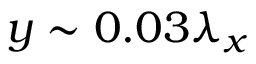
y \sim 0 . 0 3 \lambda _ { x }